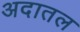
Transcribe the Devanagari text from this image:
अदातल